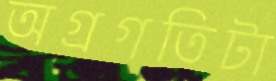
অগ্রগতিটা